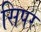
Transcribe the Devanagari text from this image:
सिपर